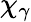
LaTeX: \chi_{\gamma}